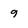
Character: 9